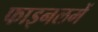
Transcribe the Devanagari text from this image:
फाइनलमें